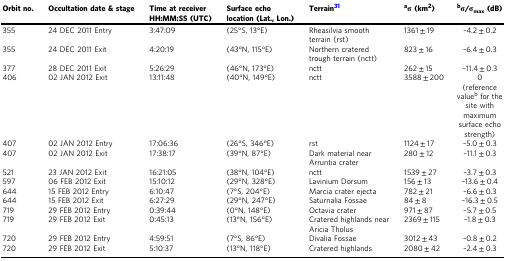
<table><thead><tr><td><b>Orbit no.</b></td><td><b>Occultation date &amp; stage</b></td><td><b>Time at receiver HH:MM:SS (UTC)</b></td><td><b>Surface echo location (Lat., Lon.)</b></td><td><b>Terrain<sup>31</sup></b></td><td><b><sup>a</sup><i>σ</i> (km<sup>2</sup>)</b></td><td><b><sup>b</sup><i>σ/σ</i><sub>max</sub> (dB)</b></td></tr></thead><tbody><tr><td>355</td><td>24 DEC 2011 Entry</td><td>3:47:09</td><td>(25°S, 13°E)</td><td>Rheasilvia smooth terrain (rst)</td><td>1361 ± 19</td><td>–4.2 ± 0.2</td></tr><tr><td>355</td><td>24 DEC 2011 Exit</td><td>4:20:19</td><td>(43°N, 115°E)</td><td>Northern cratered trough terrain (nctt)</td><td>823 ± 16</td><td>–6.4 ± 0.3</td></tr><tr><td>377</td><td>28 DEC 2011 Exit</td><td>5:26:29</td><td>(46°N, 173°E)</td><td>nctt</td><td>262 ± 15</td><td>–11.4 ± 0.3</td></tr><tr><td>406</td><td>02 JAN 2012 Exit</td><td>13:11:48</td><td>(40°N, 149°E)</td><td>nctt</td><td>3588 ± 200</td><td>0(reference value<sup>b</sup> for the site with maximum surface echo strength)</td></tr><tr><td>407</td><td>02 JAN 2012 Entry</td><td>17:06:36</td><td>(26°S, 346°E)</td><td>rst</td><td>1124 ± 17</td><td>–5.0 ± 0.3</td></tr><tr><td>407</td><td>02 JAN 2012 Exit</td><td>17:38:17</td><td>(39°N, 87°E)</td><td>Dark material near Arruntia crater</td><td>280 ± 12</td><td>–11.1 ± 0.3</td></tr><tr><td>521</td><td>23 JAN 2012 Exit</td><td>16:21:05</td><td>(38°N, 104°E)</td><td>nctt</td><td>1539 ± 27</td><td>–3.7 ± 0.3</td></tr><tr><td>597</td><td>06 FEB 2012 Exit</td><td>15:10:12</td><td>(29°N, 328°E)</td><td>Lavinium Dorsum</td><td>156 ± 13</td><td>–13.6 ± 0.4</td></tr><tr><td>644</td><td>15 FEB 2012 Entry</td><td>6:10:47</td><td>(7°S, 204°E)</td><td>Marcia crater ejecta</td><td>782 ± 21</td><td>–6.6 ± 0.3</td></tr><tr><td>644</td><td>15 FEB 2012 Exit</td><td>6:27:29</td><td>(29°N, 247°E)</td><td>Saturnalia Fossae</td><td>84 ± 8</td><td>–16.3 ± 0.5</td></tr><tr><td>719</td><td>29 FEB 2012 Entry</td><td>0:39:44</td><td>(0°N, 148°E)</td><td>Octavia crater</td><td>971 ± 87</td><td>–5.7 ± 0.5</td></tr><tr><td>719</td><td>29 FEB 2012 Exit</td><td>0:45:13</td><td>(13°N, 156°E)</td><td>Cratered highlands near Aricia Tholus</td><td>2369 ± 115</td><td>–1.8 ± 0.3</td></tr><tr><td>720</td><td>29 FEB 2012 Entry</td><td>4:59:51</td><td>(7°S, 86°E)</td><td>Divalia Fossae</td><td>3012 ± 43</td><td>–0.8 ± 0.2</td></tr><tr><td>720</td><td>29 FEB 2012 Exit</td><td>5:10:37</td><td>(13°N, 118°E)</td><td>Cratered highlands</td><td>2080 ± 42</td><td>–2.4 ± 0.3</td></tr></tbody></table>